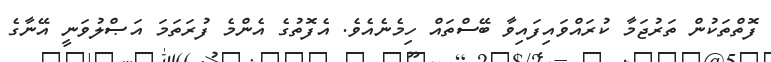
ފޮތްތަކުން ތަރުޖަމާ ކުރައްވައިފައިވާ ބޭސްތައް ހިމެނެއެވެ. އެފޮތުގެ އެންމެ ފުރަތަމަ އަޞްލުވަނީ އޭނާގެ